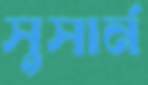
সুসার্ন